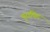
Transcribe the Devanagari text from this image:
पुराविद